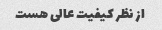
از نظر کیفیت عالی هست